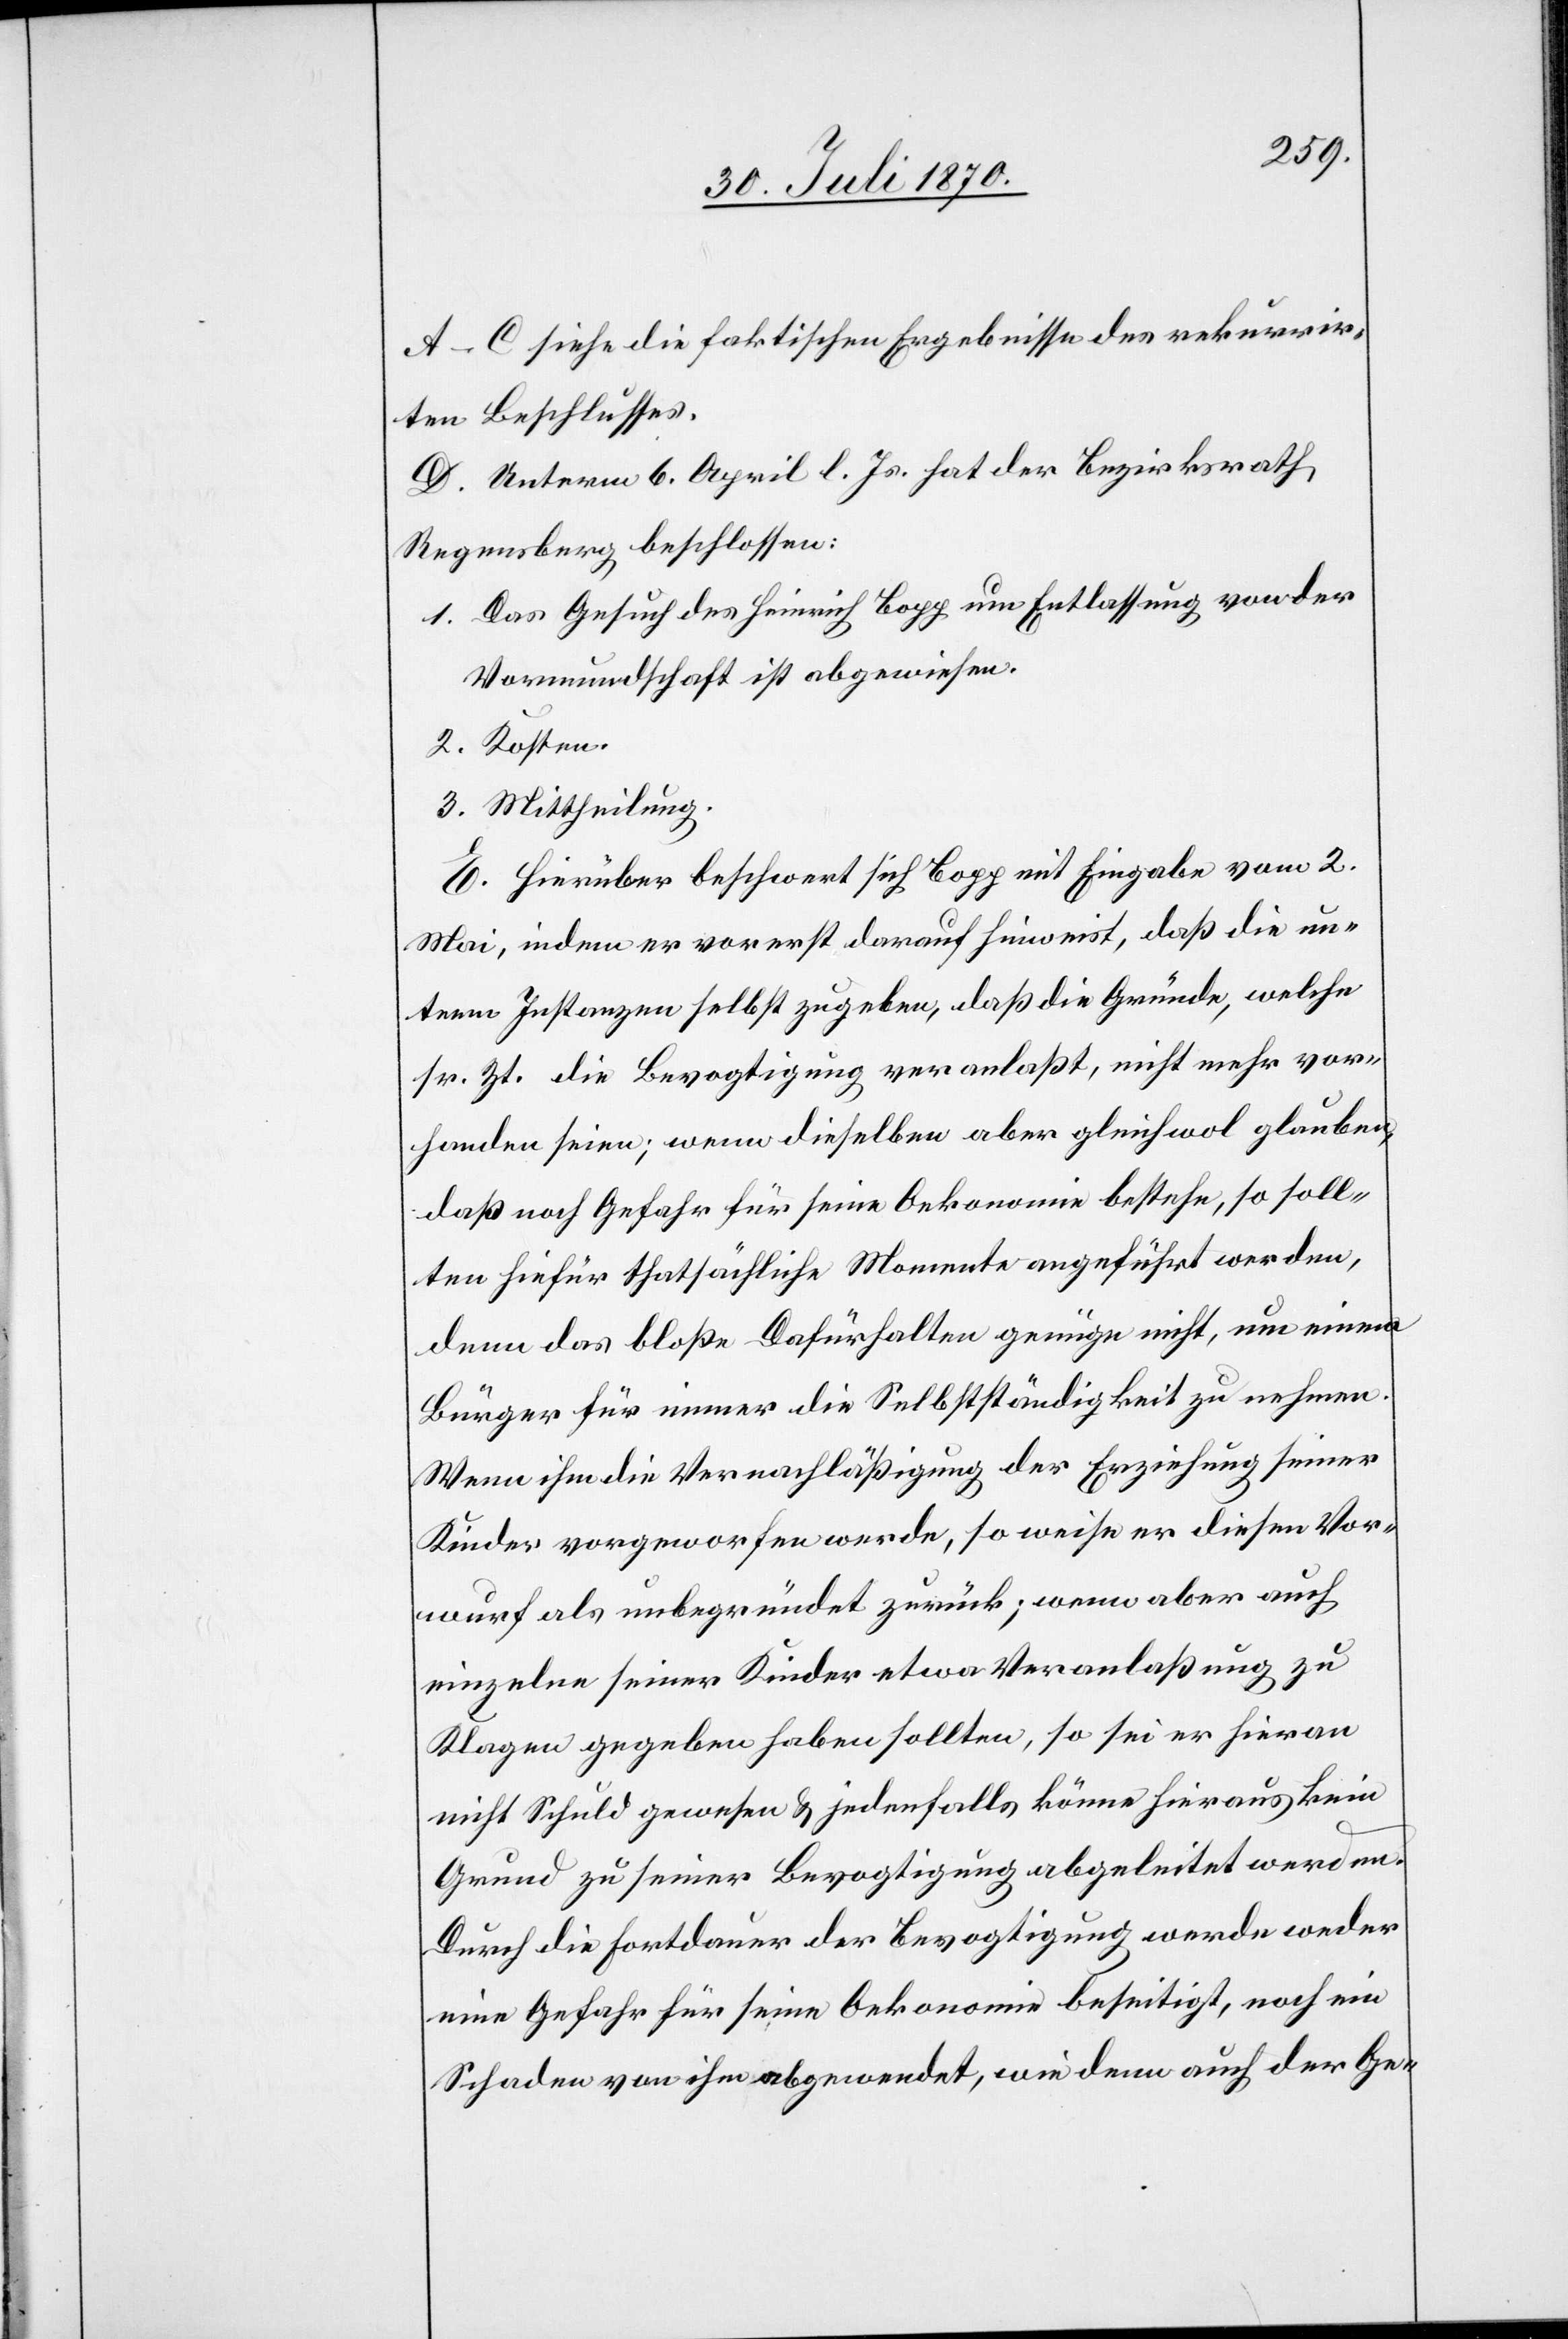
A–C siehe die faktischen Ergebnisse des rekurrir¬
ten Beschlusses.
D. Unterm 6. April l. Js. hat der Bezirksrath
Regensberg beschlossen:
1. Das Gesuch des Heinrich Bopp um Entlassung von der
Vormundschaft ist abgewiesen.
2. Kosten.
3. Mittheilung.
E. Hierüber beschwert sich Bopp mit Eingabe vom 2.
Mai, indem er vorerst darauf hinweist, daß die un¬
tern Instanzen selbst zugeben, daß die Gründe, welche
sr. Zt. die Bevogtigung veranlaßt, nicht mehr vor¬
handen seien; wenn dieselben aber gleichwol glauben,
daß noch Gefahr für seine Oekonomie bestehe, so soll¬
ten hiefür thatsächliche Momente angeführt werden,
denn das bloße Dafürhalten genüge nicht, um einem
Bürger für immer die Selbständigkeit zu nehmen.
Wenn ihm die Vernachläßigung der Erziehung seiner
Kinder vorgeworfen werde, so weise er diesen Vor¬
wurf als unbegründet zurück; wenn aber auch
einzelne seiner Kinder etwa Veranlaßung zu
Klagen gegeben haben sollten, so sei er hieran
nicht Schuld gewesen & jedenfalls könne hieraus kein
Grund zu seiner Bevogtigung abgeleitet werden.
Durch die Fortdauer der Bevogtigung werde weder
eine Gefahr für seine Oekonomie beseitigt, noch ein
Schaden von ihm abgewendet, wie denn auch der Ge-